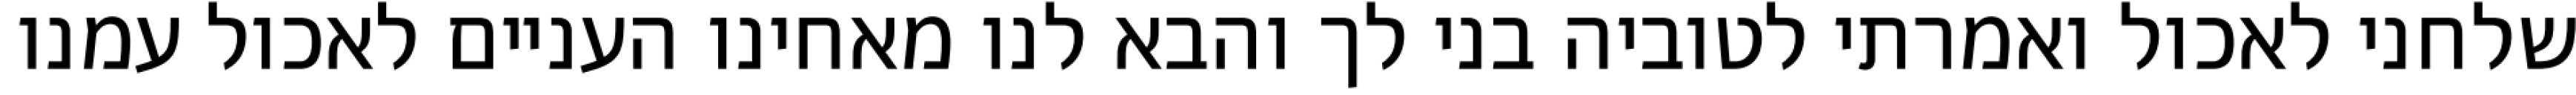
שלחני לאכול ואמרתי לטוביה בני לך והבא לנו מאחינו העניים לאכול עמנו